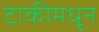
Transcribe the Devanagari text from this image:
टाकीमधून